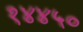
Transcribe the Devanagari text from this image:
१४४५०